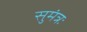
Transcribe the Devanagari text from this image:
सुमंत्रः